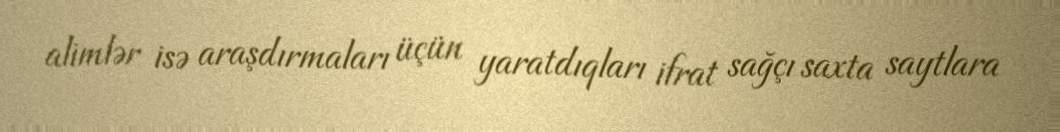
alimlər isə araşdırmaları üçün yaratdıqları ifrat sağçı saxta saytlara